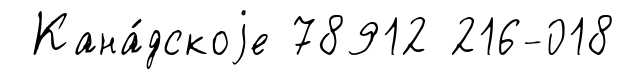
Кана́дскоjе 78912 216-018